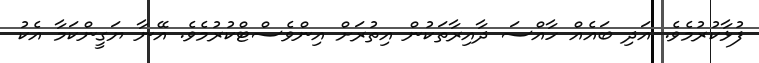
ފުޅާކުރުމެވެ. އަދި ބައެއް ހާއްސަ ދާއިރާތަކުން އިތުރަށް އިންވެސްޓްކުރުމެވެ. އޭނާ ޔަގީންކަމާ އެކު